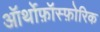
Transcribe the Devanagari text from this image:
ऑर्थोफ़ॉस्फ़ोरिक